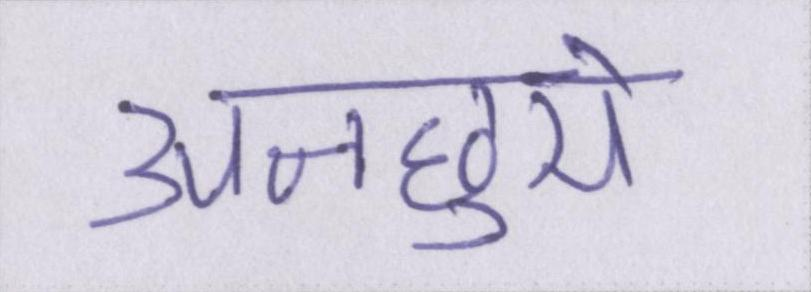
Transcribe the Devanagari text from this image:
अनछुये